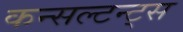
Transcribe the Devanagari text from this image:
कन्सल्टन्ट्स